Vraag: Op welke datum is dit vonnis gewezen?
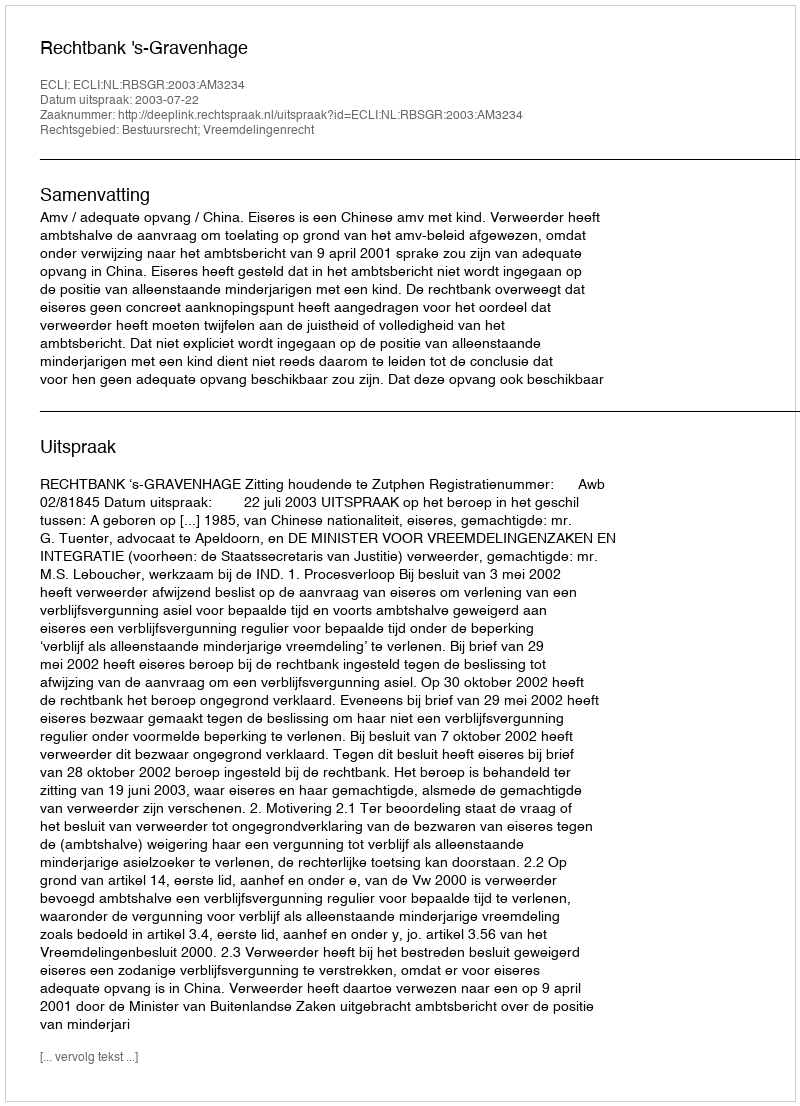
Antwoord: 2003-07-22